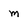
Character: m